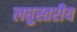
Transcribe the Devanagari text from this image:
लघुस्तरीय